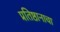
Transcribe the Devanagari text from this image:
प्रतिष्ठानाचा